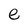
Character: e